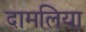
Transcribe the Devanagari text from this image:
दामलिया